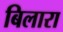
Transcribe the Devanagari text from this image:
बिलारा